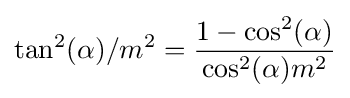
\tan ^{2}(\alpha )/m^{2}={\frac {1-\cos ^{2}(\alpha )}{\cos ^{2}(\alpha )m^{2}}}